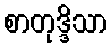
စာတုဒ္ဒိသာ